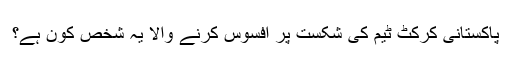
پاکستانی کرکٹ ٹیم کی شکست پر افسوس کرنے والا یہ شخص کون ہے؟